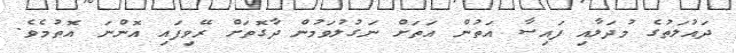
ދައުލަތުގެ މުދަލާއި ފައިސާ އަތުން އަތަށް ނަގުލުވަމުން ދާގޮތަށް ރޭވިފައި އޮންނަ އޮތުމެވެ.